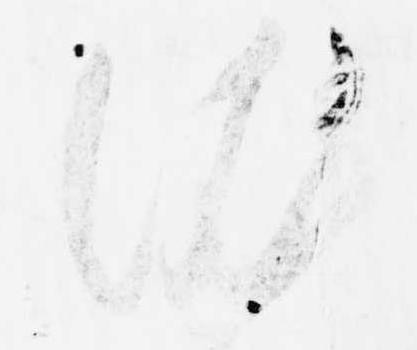
依